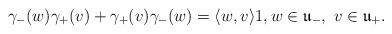
LaTeX: \begin{align*}\gamma_-(w) \gamma_+(v) + \gamma_+(v) \gamma_-(w) = \langle w, v \rangle 1,w \in \mathfrak{u}_-, \ v \in \mathfrak{u}_+.\end{align*}